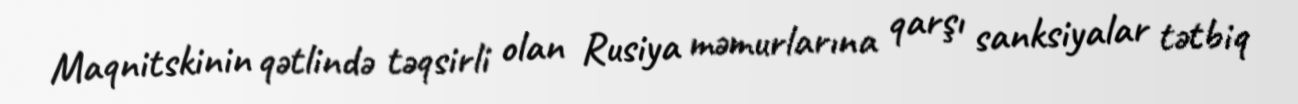
Maqnitskinin qətlində təqsirli olan Rusiya məmurlarına qarşı sanksiyalar tətbiq